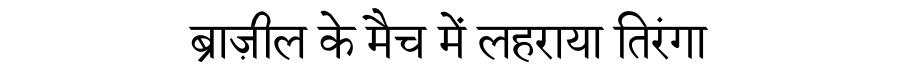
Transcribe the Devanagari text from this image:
ब्राज़ील के मैच में लहराया तिरंगा